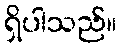
ရှိပါသည်။